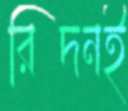
রিদনই